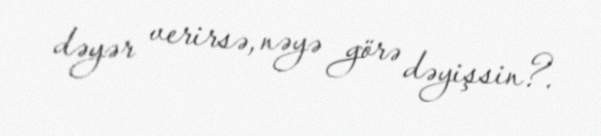
dəyər verirsə, nəyə görə dəyişsin?.